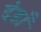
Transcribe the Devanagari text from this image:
दंडाँ